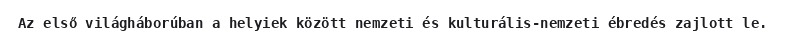
Az első világháborúban a helyiek között nemzeti és kulturális-nemzeti ébredés zajlott le.